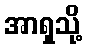
အာရှသို့